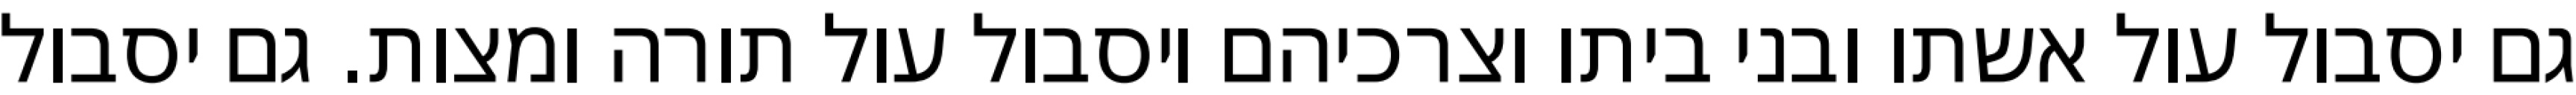
גם יסבול עול אשתו ובני ביתו וצרכיהם ויסבול עול תורה ומצות. גם יסבול